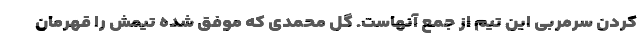
کردن سرمربی این تیم از جمع آنهاست. گل محمدی که موفق شده تیمش را قهرمان